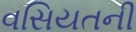
વસિયતની